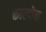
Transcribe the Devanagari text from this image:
कारदोवा